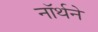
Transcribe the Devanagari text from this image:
नॉर्थने